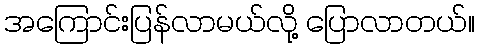
အကြောင်းပြန်လာမယ်လို့ ပြောလာတယ်။